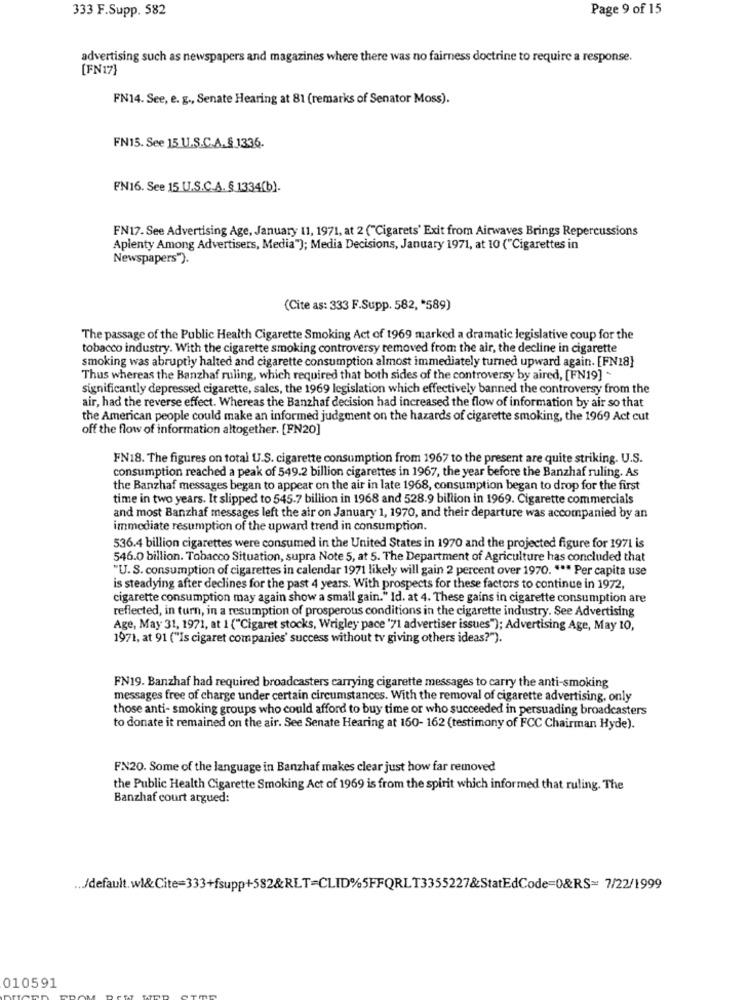
333 F.Supp. 582
Page 9 of 15
advertising such as newspapers and magazines where there was no fairness doctrine to require a response.
[FN17}
FN14. See, e. g ., Senate Hearing at 81 (remarks of Senator Moss).
FN15. See 15 U.S.C.A.& 1336.
FN16. See 15 U.S.C.A. § 1334(b).
FN17. See Advertising Age, January 11, 1971, at 2 ("Cigarets' Exit from Airwaves Brings Repercussions
Aplenty Among Advertisers, Media"); Media Decisions, January 1971, at 10 ("Cigarettes in
Newspapers").
(Cite as: 333 F.Supp. 582, '589)
The passage of the Public Health Cigarette Smoking Act of 1969 marked a dramatic legislative coup for the
tobacco industry. With the cigarette smoking controversy removed from the air, the decline in cigarette
smoking was abruptly halted and cigarette consumption almost immediately turned upward again. [FN18}
Thus whereas the Banzhaf ruling, which required that both sides of the controversy by aired, [FN19] -
significantly depressed cigarette, sales, the 1969 legislation which effectively banned the controversy from the
air, had the reverse effect. Whereas the Banzhaf decision had increased the flow of information by air so that
the American people could make an informed judgment on the hazards of cigarette smoking, the 1969 Act cut
off the flow of information altogether. [FN20]
FN18. The figures on total U.S. cigarette consumption from 1967 to the present are quite striking. U.S.
consumption reached a peak of 549.2 billion cigarettes in 1967, the year before the Banzhaf ruling. As
the Banzhaf messages began to appear on the air in late 1968, consumption began to drop for the first
time in two years. It slipped to 545.7 billion in 1968 and 528.9 billion in 1969. Cigarette commercials
and most Banzhaf messages left the air on January 1, 1970, and their departure was accompanied by an
immediate resumption of the upward trend in consumption.
536.4 billion cigarettes were consumed in the United States in 1970 and the projected figure for 1971 is
546.0 billion. Tobacco Situation, supra Note 5, at 5. The Department of Agriculture has concluded that
"U. S. consumption of cigarettes in calendar 1971 likely will gain 2 percent over 1970. *** Per capita use
is steadying after declines for the past 4 years. With prospects for these factors to continue in 1972,
cigarette consumption may again show a small gain." Id. at 4. These gains in cigarette consumption are
reflected, in turn, in a resumption of prosperous conditions in the cigarette industry. See Advertising
Age, May 31, 1971, at 1 ("Cigaret stocks, Wrigley pace '71 advertiser issues"); Advertising Age, May 10,
1971, at 91 ("Is cigaret companies' success without tv giving others ideas?").
FN19. Banzhaf had required broadcasters carrying cigarette messages to carry the anti-smoking
messages free of charge under certain circumstances. With the removal of cigarette advertising, only
those anti- smoking groups who could afford to buy time or who succeeded in persuading broadcasters
to donate it remained on the air. See Senate Hearing at 160- 162 (testimony of FCC Chairman Hyde).
FN20. Some of the language in Banzhaf makes clear just how far removed
the Public Health Cigarette Smoking Act of 1969 is from the spirit which informed that ruling. The
Banzhaf court argued:
... /default. wl&Cite=333+fsupp+582&RET=CLID%5FFQRLT3355227&StatEdCode=0&RS= 7/22/1999
010591